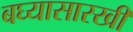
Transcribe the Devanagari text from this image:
बघ्‍यासारखी